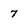
Character: 7